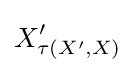
X'_{\tau (X',X)}